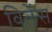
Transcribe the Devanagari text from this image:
विलेंस